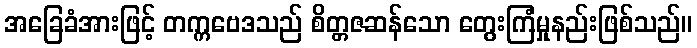
အခြေခံအားဖြင့် တက္ကဗေဒသည် စိတ္တဇဆန်သော တွေးကြံမှုနည်းဖြစ်သည်။